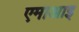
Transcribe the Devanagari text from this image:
एमाआइ